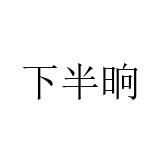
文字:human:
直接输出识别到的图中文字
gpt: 下半晌